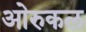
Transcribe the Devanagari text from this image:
ओरुकल